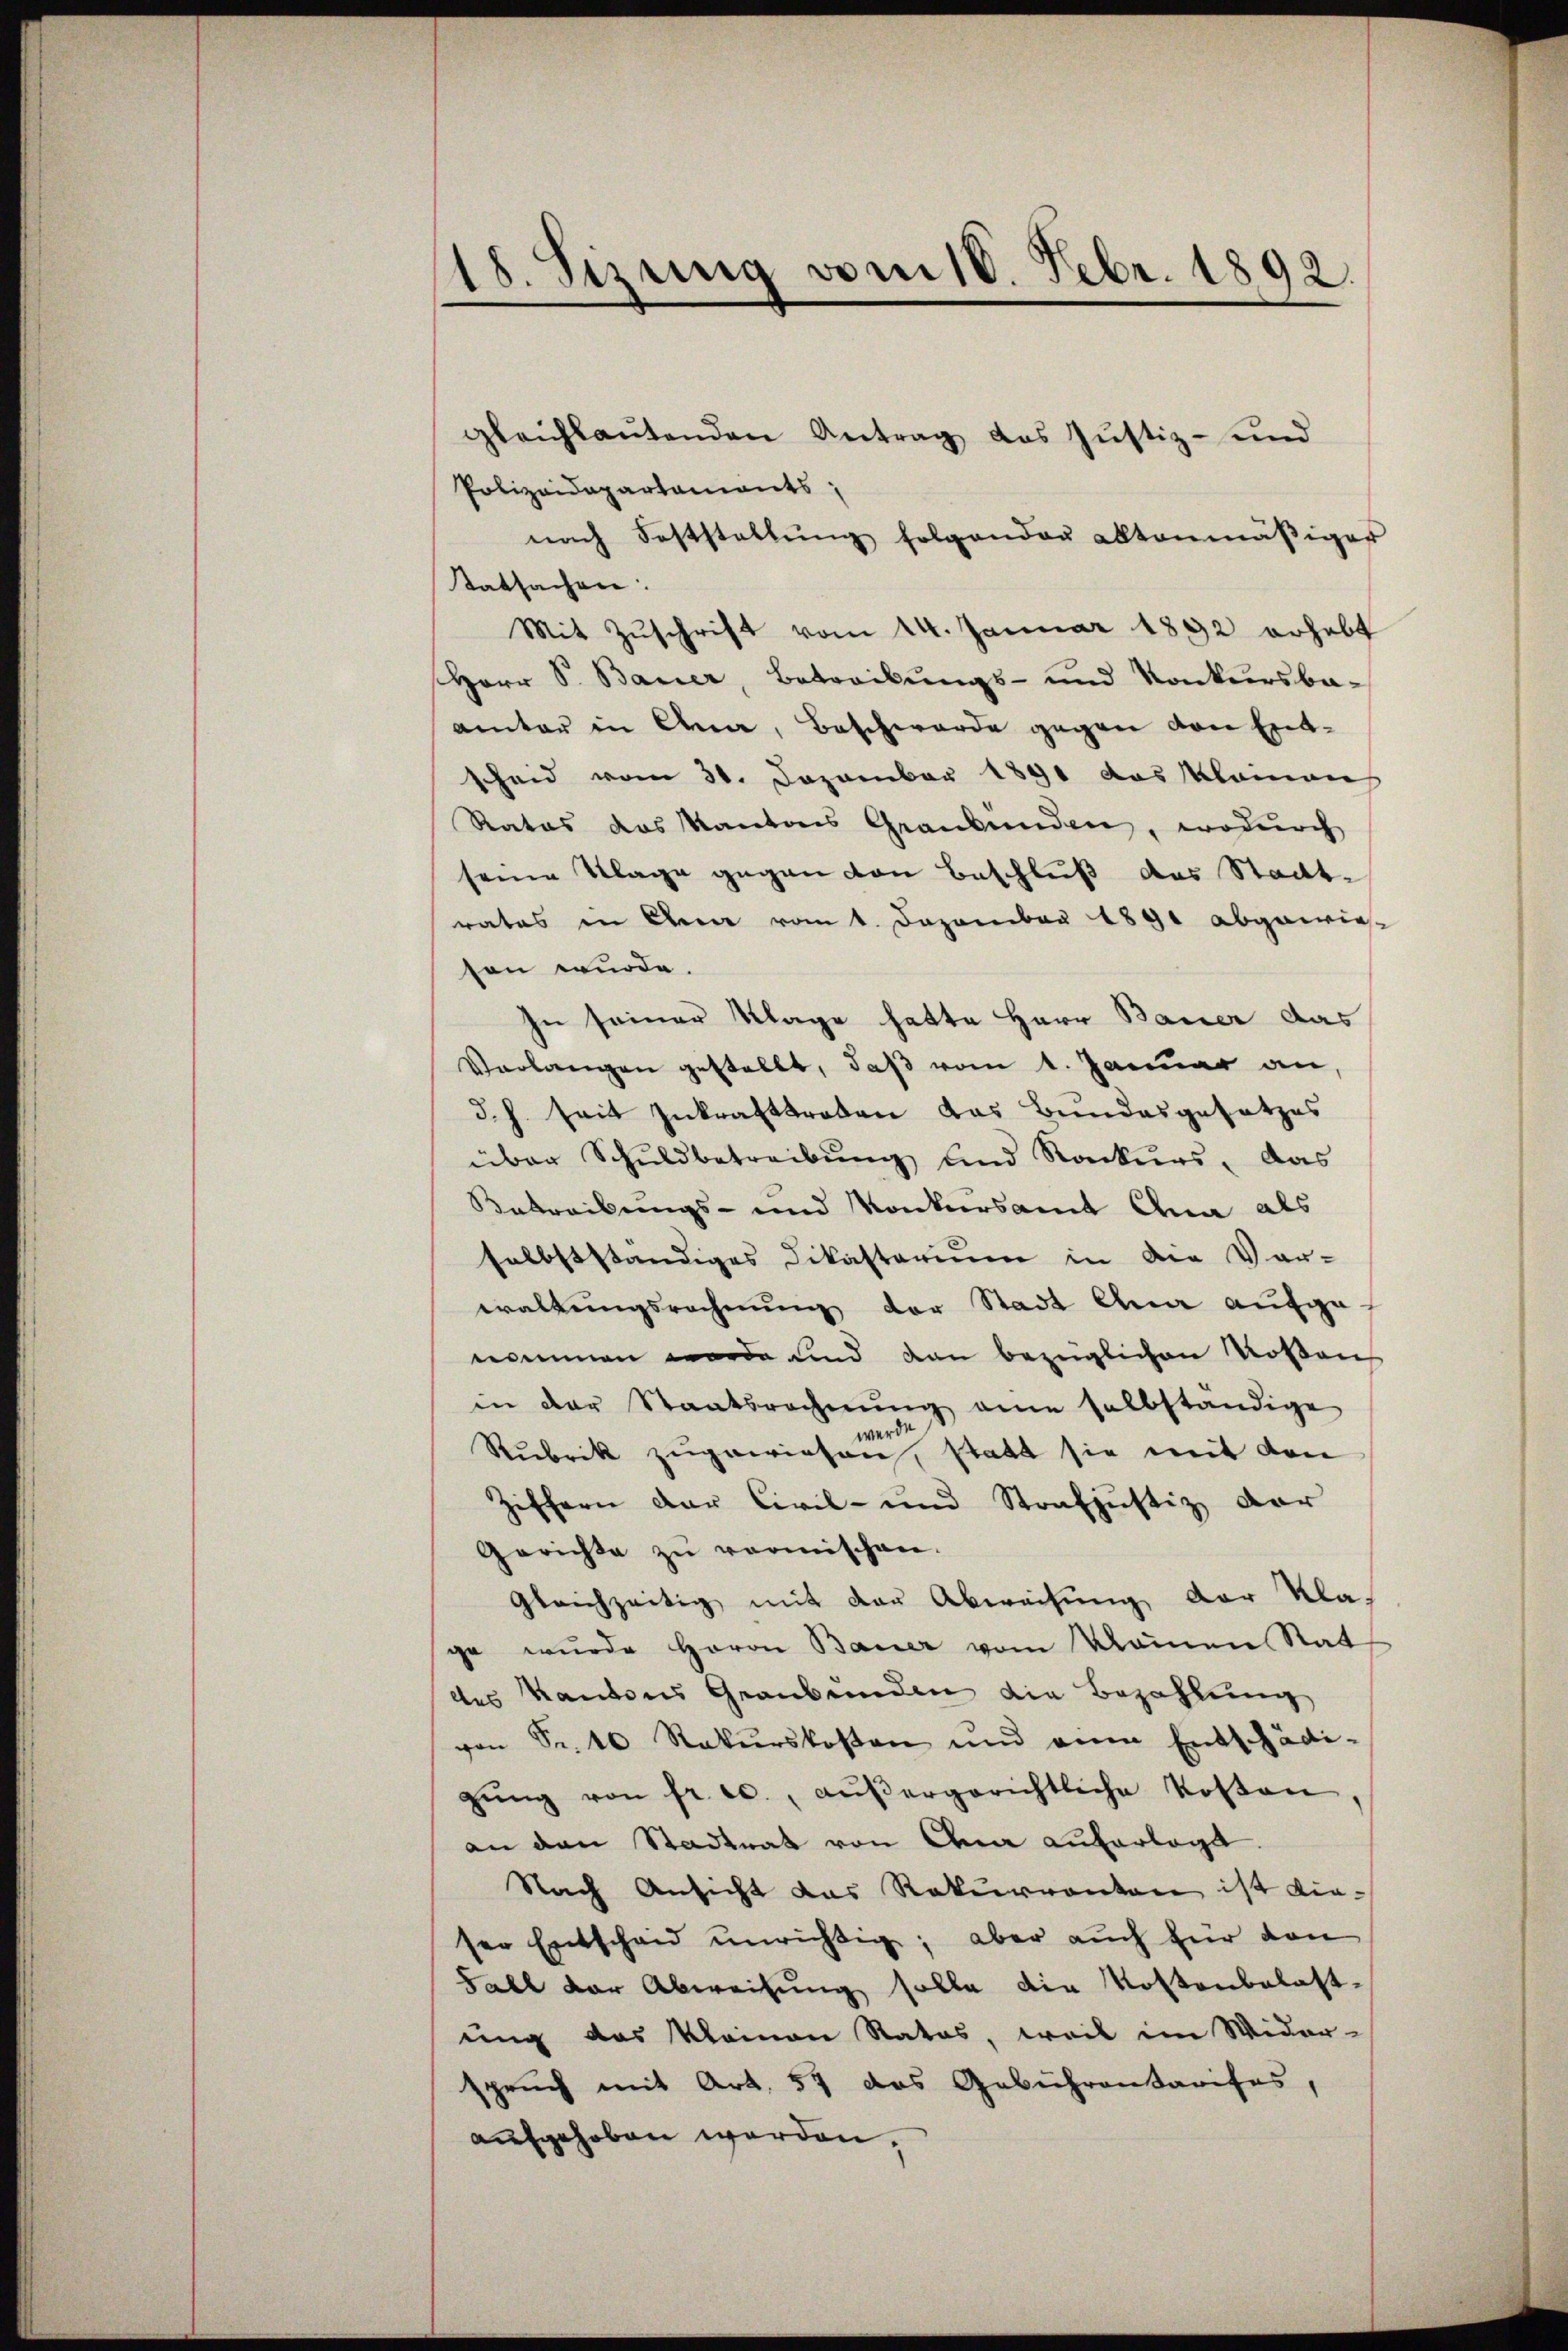
18. Sizung vom 18. Febr. 1892.
.

gleichlaŭtenden Antrag das Justiz- und
Polizeidepartaments;
nach Feststellŭng folgenden altenmäβiger
tatsachen:
Mit Zŭschrift vom 14. Januar 1892 erhebt
Herr S. Bauer, Betreibŭngs- und Konkursba-
amter in Ana, Beschwerde gegen von Entscheid vom 31. Dezember 1890 das klainen
Rates das Kantons Graubünden, wodurch
seine Klage gegen von Beschluß des Stadtrates in Ohren vom 1. Dezember 1890 abgewieten wurde.
In seiner Klage hatte Herr Bauer das
Verlangen gestellt, daß vom 1. Januar an,
d. h. seit Inkrafttreten das Bundesgesetzes
über Schuldbetreibung und Rekurs, das
Betreibungs- und Konkursamt Anna als
selbstständiges Dikasterium in die Vor-
waltŭngsrechnŭng der Stadt Anna aufgenommen worde und dan bezüglichen Roßau
in der Staatsrechnŭng eine halbständige
werde
Rubrik zugewiesen, statt sie mit den
Ziffern der Civil- und Strafjustiz dar
Gerichte zŭ vermischen.
gleichzeitig mit der Abweisung der Klage wurde Herrn Bauer vom Kleinen Rat
des Kantons Graubünden die Bezahlung
von Sr. 16 Rekurskosten und eine Entschädi-
gŭng von fr. ec., aŭβergerichtliche Kosten
an den Stadtrat von dem auferlegt.
Nach Ansicht das Rekurrenten ist die-
ser Entscheid unrichtig; aber auch für von
Fall der Abweisung solle die Kostenbelast-
ung das Kleinen Rates, weil im Wider-
spruch mit Art. 54 das Gebührentarises,
aufgehoben werden,